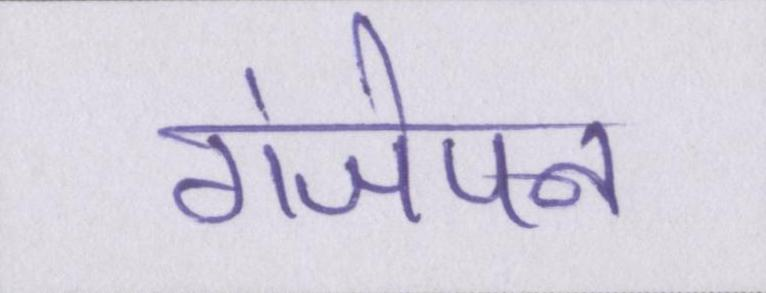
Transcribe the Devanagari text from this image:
गंजेपन